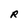
Character: R